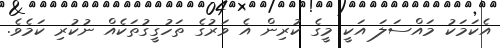
އެކަމަކު މައްސަލަ އަކީ މީގެ ކުރިން އެ ވަރުގެ ތަހުގީގުތަކެއް ނުކުރި ކަމެވެ.